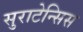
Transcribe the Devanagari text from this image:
सुराटेन्सिस